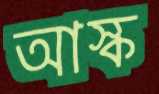
আস্ক